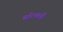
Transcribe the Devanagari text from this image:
बॉटमली